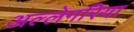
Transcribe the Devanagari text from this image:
अल्लेगरिया